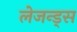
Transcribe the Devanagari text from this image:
लेजन्ड्स